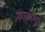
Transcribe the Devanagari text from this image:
जायग।